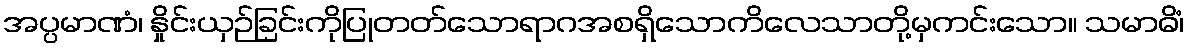
အပ္ပမာဏံ၊ နှိုင်းယှဉ်ခြင်းကိုပြုတတ်သောရာဂအစရှိသောကိလေသာတို့မှကင်းသော။ သမာဓိံ၊